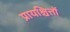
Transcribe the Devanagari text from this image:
प्रायश्चित्तों